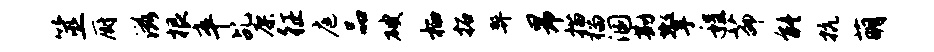
筮厨滋根卒乩廖征庭品破栖拓弊昂描榴溷勘擎程茆能抗萌